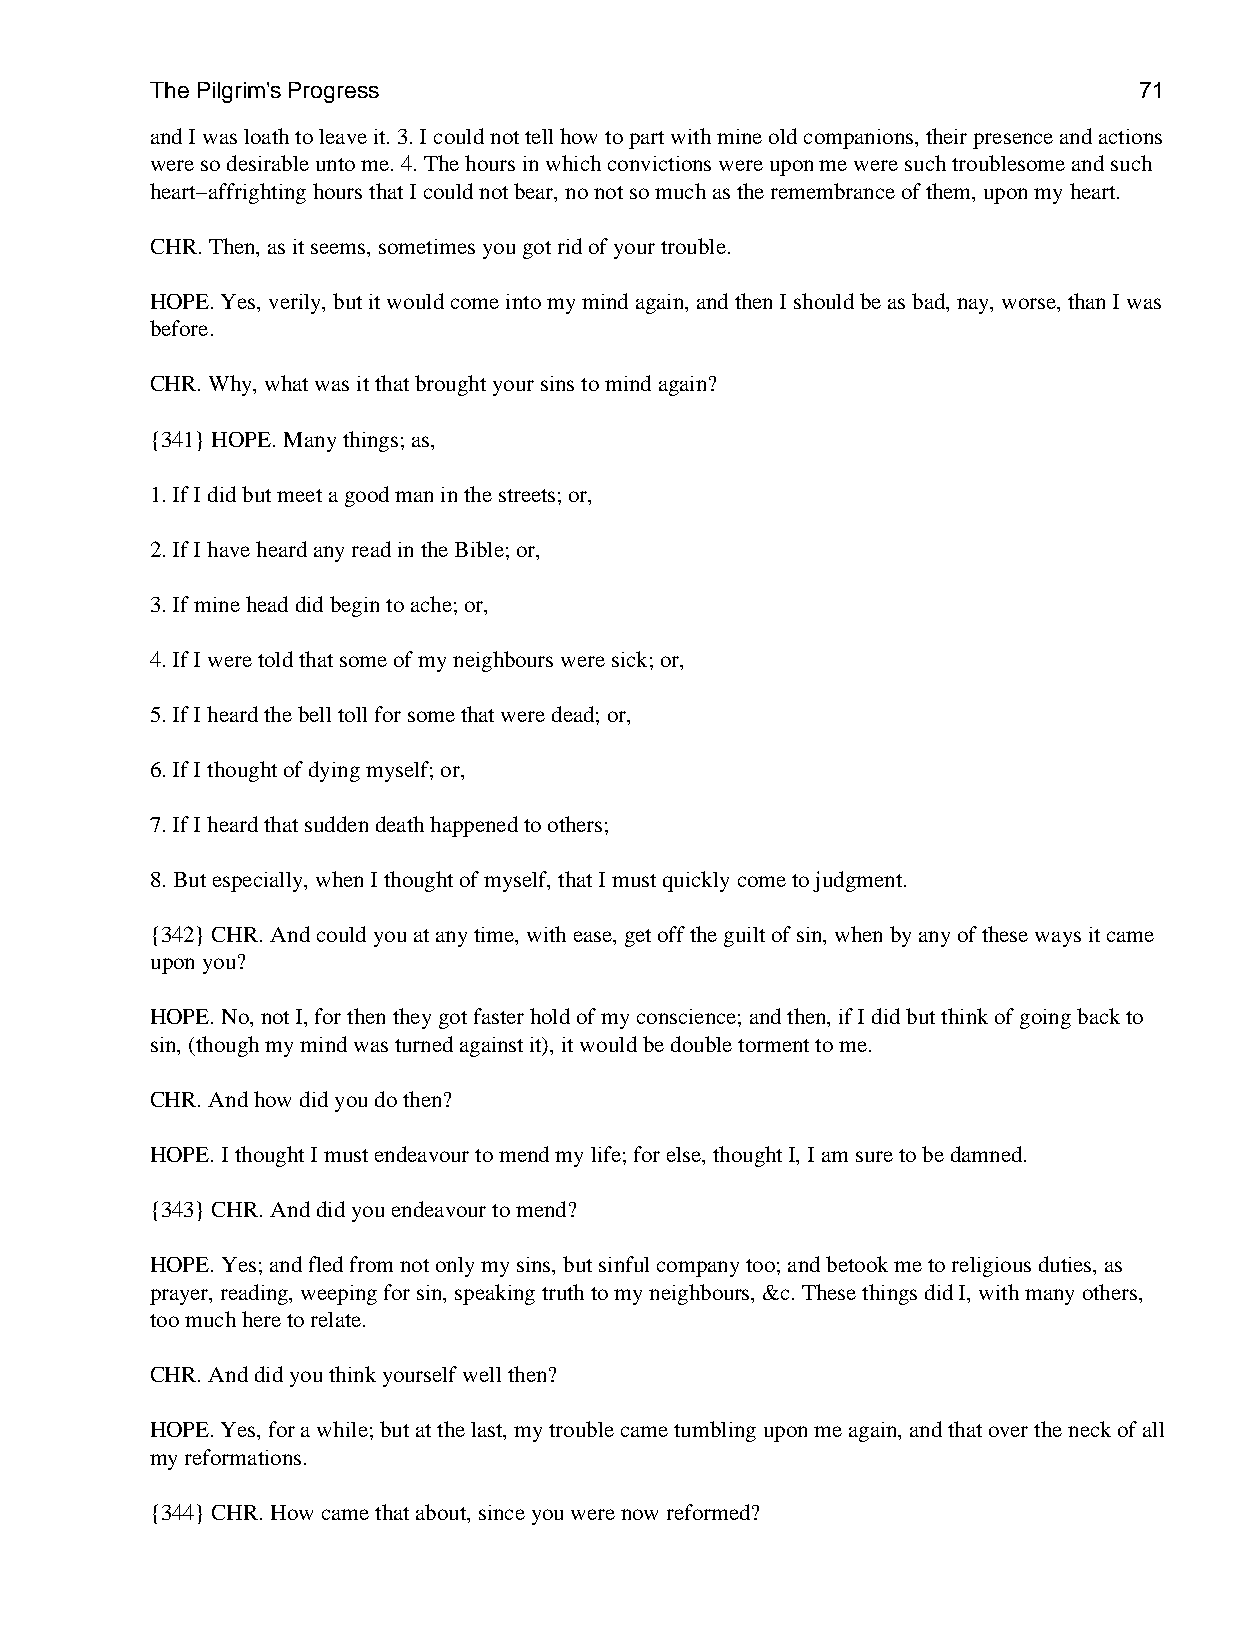
The Pilgrim's Progress                                           71
 and I was loath to leave it. 3. I could not tell how to part with mine old companions, their presence and actions
 were so desirable unto me. 4. The hours in which convictions were upon me were such troublesome and such
 heart−affrighting hours that I could not bear, no not so much as the remembrance of them, upon my heart.
 CHR. Then, as it seems, sometimes you got rid of your trouble.
 HOPE. Yes, verily, but it would come into my mind again, and then I should be as bad, nay, worse, than I was
 before.
 CHR. Why, what was it that brought your sins to mind again?
 {341} HOPE. Many things; as,
 1. If I did but meet a good man in the streets; or,
 2. If I have heard any read in the Bible; or,
 3. If mine head did begin to ache; or,
 4. If I were told that some of my neighbours were sick; or,
 5. If I heard the bell toll for some that were dead; or,
 6. If I thought of dying myself; or,
 7. If I heard that sudden death happened to others;
 8. But especially, when I thought of myself, that I must quickly come to judgment.
 {342} CHR. And could you at any time, with ease, get off the guilt of sin, when by any of these ways it came
 upon you?
 HOPE. No, not I, for then they got faster hold of my conscience; and then, if I did but think of going back to
 sin, (though my mind was turned against it), it would be double torment to me.
 CHR. And how did you do then?
 HOPE. I thought I must endeavour to mend my life; for else, thought I, I am sure to be damned.
 {343} CHR. And did you endeavour to mend?
 HOPE. Yes; and fled from not only my sins, but sinful company too; and betook me to religious duties, as
 prayer, reading, weeping for sin, speaking truth to my neighbours, &c. These things did I, with many others,
 too much here to relate.
 CHR. And did you think yourself well then?
 HOPE. Yes, for a while; but at the last, my trouble came tumbling upon me again, and that over the neck of all
 my reformations.
 {344} CHR. How came that about, since you were now reformed?